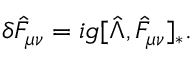
\delta \hat { F } _ { \mu \nu } = i g [ \hat { \Lambda } , \hat { F } _ { \mu \nu } ] _ { * } .